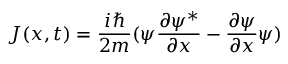
J ( x , t ) = { \frac { i \hbar } { 2 m } } ( \psi { \frac { \partial \psi ^ { * } } { \partial x } } - { \frac { \partial \psi } { \partial x } } \psi )